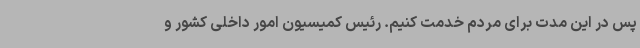
پس در این مدت برای مردم خدمت کنیم. رئیس کمیسیون امور داخلی کشور و